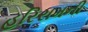
હરિરામની